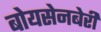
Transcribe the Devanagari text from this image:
बोयसेनबेरी